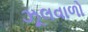
ઝૂલવાળો